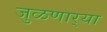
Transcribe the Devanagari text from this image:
जुळणार्‍या